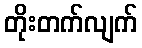
တိုးတက်လျက်